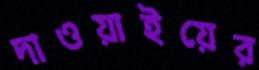
দাওয়াইয়ের